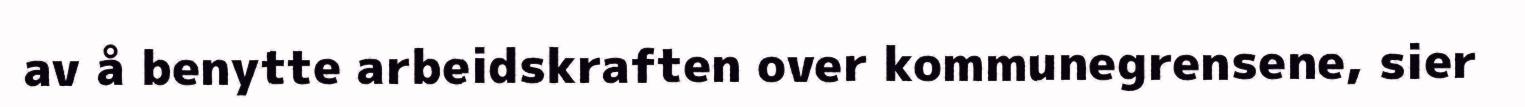
av å benytte arbeidskraften over kommunegrensene, sier